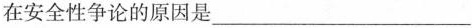
在安全性争论的原因是___